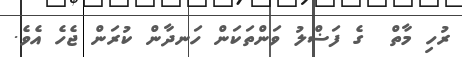
ރުހި މާތް  ގެ ފަޟްލު ވަންތަކަން ހަނދާން ކުރަން ޖެހެ އެވެ.